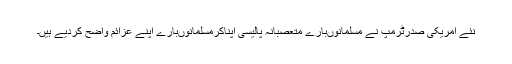
نئے امریکی صدرٹرمپ نے مسلمانوںبارے متعصبانہ پالیسی اپناکرمسلمانوںبارے اپنے عزائم واضح کردیے ہیں۔